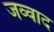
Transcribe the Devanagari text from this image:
जव्वाद